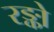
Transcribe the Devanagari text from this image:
रङ्को